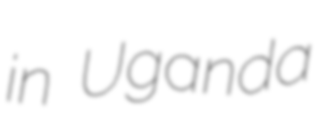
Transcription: in Uganda